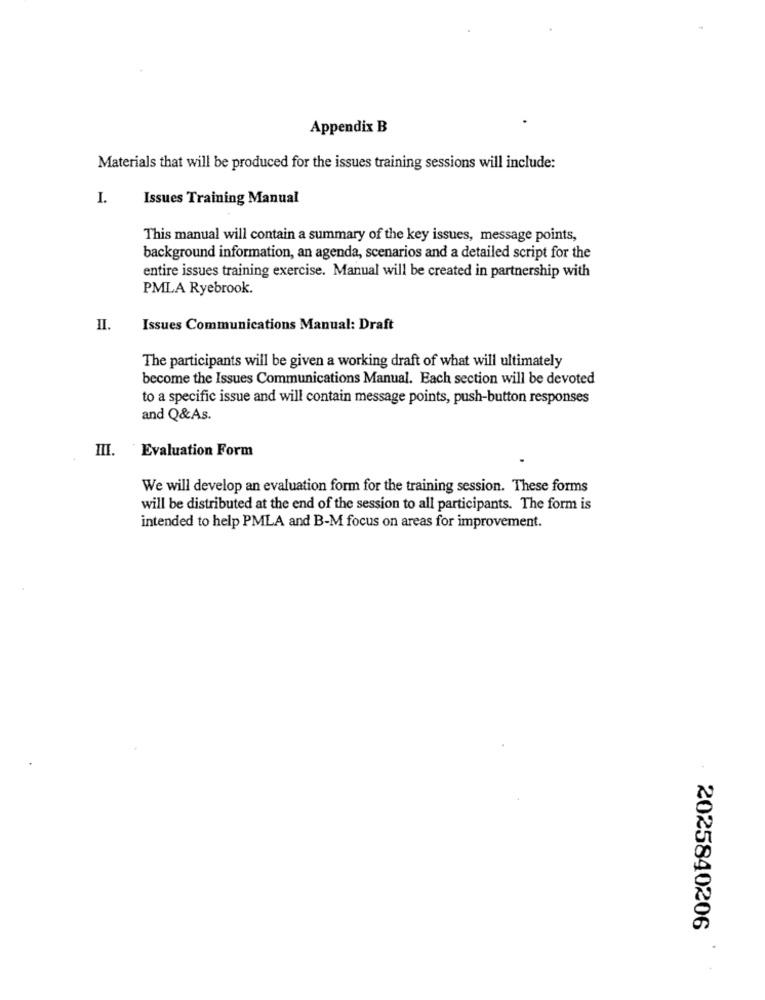
Appendix B
Materials that will be produced for the issues training sessions will include:
I.
Issues Training Manual
This manual will contain a summary of the key issues, message points,
background information, an agenda, scenarios and a detailed script for the
entire issues training exercise. Manual will be created in partnership with
PMLA Ryebrook.
II.
Issues Communications Manual: Draft
The participants will be given a working draft of what will ultimately
become the Issues Communications Manual. Each section will be devoted
to a specific issue and will contain message points, push-button responses
and Q&As.
Evaluation Form
III.
We will develop an evaluation form for the training session. These forms
will be distributed at the end of the session to all participants. The form is
intended to help PMLA and B-M focus on areas for improvement.
2025840206